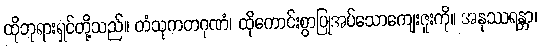
ထိုဘုရားရှင်တို့သည်။ တံသုကတဂုဏံ၊ ထိုကောင်းစွာပြုအပ်သောကျေးဇူးကို။ အနုဿရန္တာ၊